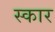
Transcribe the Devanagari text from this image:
स्‍कार